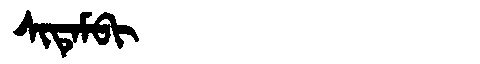
Manchu: ᠰᡳᡨᡝᠮᠪᡳ
Romanization: SITEMBI